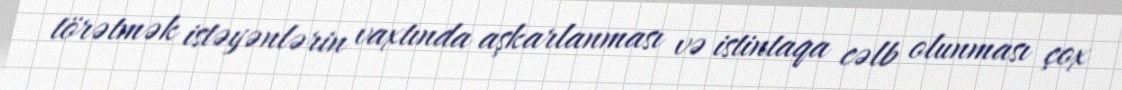
törətmək istəyənlərin vaxtında aşkarlanması və istintaqa cəlb olunması çox